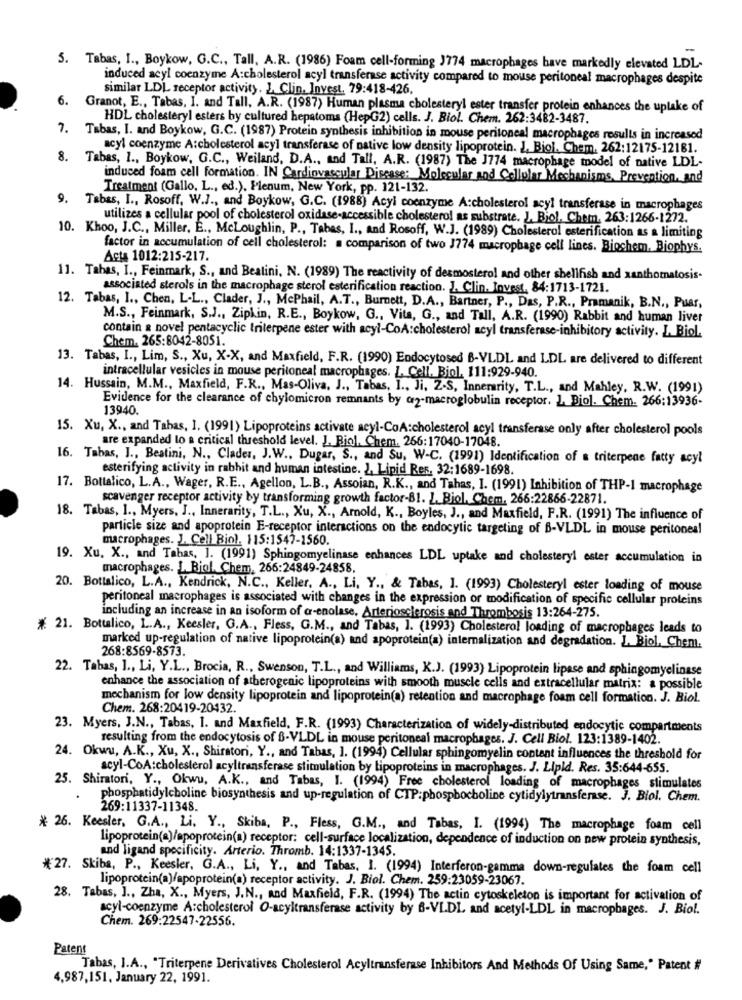
5. Tabas, I ., Boykow, G.C ., Tall, A.R. (1986) Foam cell-forming 3774 macrophages have markedly elevated LDL-
induced acyl coenzyme A:cholesterol acyl transferase activity compared to mouse peritoneal macrophages despite
similar LDL receptor activity. J. Clin. Invest. 79:418-426.
6. Granot, E ., Tabas, I. and Tall, A.R. (1987) Human plasma cholesteryl ester transfer protein enhances the uplake of
HDL cholesteryl esters by cultured hepatoms (HepG2) cells. J. Biol. Chem. 262:3482-3487.
7. Tabas, I. and Boykow, G.C. (1987) Protein synthesis inhibition in mouse peritoneal macrophages results in increased
acyl coenzyme A:cholesterol acyl transferase of native low density lipoprotein. 1. Biol. Chem, 262:12175-12181.
8. Tabas, 1 ., Boykow, G.C ., Weiland, D.A ., and Tall, A.R. (1987) The J774 macrophage model of native LDL-
induced foam cell formation. IN Cardiovascular Disease: Molecular and Cellular Mechanisms, Prevention, and
Treatment (Gallo, L ., ed.). Plenum, New York, pp. 121-132.
9. Tabas, I ., Rosoff, W.J ., and Boykow, G.C. (1988) Acyl coenzyme A:cholesterol acyl transferase in macrophages
utilizes a cellular pool of cholesterol oxidase-accessible cholesterol as substrate. J. Biol, Chem, 263:1266-1272.
10. Khoo, J.C ., Miller, E ., McLoughlin, P ., Tabas, I ., and Rosoff, W.J. (1989) Cholesterol esterification as a limiting
factor in accumulation of cell cholesterol: a comparison of two J774 macrophage cell lines. Biochem. Biophys.
Acts 1012:215-217.
11. Tahas, I ., Feinmark, S ., and Beatini, N. (1989) The reactivity of desmosterol and other shellfish and xanthomatosis-
associated sterols in the macrophage sterol esterification reaction. J. Clin. Invest, 84:1713-1721.
12. Tabas, I ., Chen, L-L ., Clader, J ., McPhail, A.T ., Burnett, D.A ., Bartner, P ., Das, P.R ., Pramanik, B.N ., Puas,
M.S ., Feinmark, S.J ., Zipkin, R.E ., Boykow, G ., Vita, G ., and Tall, A.R. (1990) Rabbit and human liver
contain & novel pentacyclic triterpene ester with acyl-CoA:cholesterol acyl transferase-inhibitory activity. L. Biol.
Chem. 265:8042-8051.
13. Tabas, I ., Lim, S ., Xu, X-X, and Maxfield, F.R. (1990) Endocytosed B-VLDL and LDL are delivered to different
intracellular vesicles in mouse peritoneal macrophages. L. Cell, Biol, 111:929-940.
14. Hussain, M.M ., Maxfield, F.R ., Mas-Oliva. J ., Tabas, I ., Ji, Z.S, Innerarity, T.L ., and Mahley, R.W. (1991)
Evidence for the clearance of chylomicron remnants by @2-macroglobulin receptor. L. Biol. Chem. 266:13936-
13940.
15. Xu, X ., and Tahas, I. (1991) Lipoproteins activate acyl-CoA:cholesterol acyl transferase only after cholesterol pools
are expanded to a critical threshold level. J. Biol. Chem. 266:17040-17048.
16. Tabas, J ., Beatini, N ., Clader, J.W ., Dugar, S ., and Su, W-C. (1991) Identification of a triterpene fatty acyl
esterifying activity in rabhit and human intestine. 2, Lipid Res. 32:1689-1698.
17. Bottalico, L.A ., Wager, R.E ., Agellon, L.B ., Assoian, R.K ., and Tahas, I. (1991) Inhibition of THP-1 macrophage
scavenger receptor activity by transforming growth factor-81. J. Biol, Chem, 266:22866-22871.
18. Tabas, 1 ., Myers, J ., Innerarity, T.L ., Xu, X ., Arnold, K ., Boyles, J ., and Maxfield, F.R. (1991) The influence of
particle size and apoprotein E-receptor interactions on the endocytic targeting of B-VLDL in mouse peritoneal
macrophages. J. Cell Biol. 115:1547-1560.
19. Xu. X ., and Tabas. 1. (1991) Sphingomyelinase enhances LDL uptake and cholesteryl ester accumulation in
macrophages. L. Biol. Chem, 266:24849-24858,
20. Bottalico, L.A ., Kendrick, N.C ., Keller, A ., Li, Y ., & Tabas, 1. (1993) Cholesteryl ester loading of mouse
peritoneal macrophages is associated with changes in the expression or modification of specific cellular proteins
including an increase in an isoform of a-enolase, Arteriosclerosis and Thrombosis 13:264-275.
* 21. Bottalico, L.A ., Keesler, G.A ., Fless, G.M ., and Tabas, 1. (1993) Cholesterol loading of macrophages leads to
marked up-regulation of native lipoprotein(a) and apoprotein(a) internalization and degradation. J. Biol. Chem.
268:8569-8573.
22. Tabas, I ., Li, Y.L ., Brocia, R ., Swenson, T.L ., and Williams, K.J. (1993) Lipoprotein lipase and sphingomyelinase
enhance the association of atherogenic lipoproteins with smooth muscle cells and extracellular matrix: a possible
mechanism for low density lipoprotein and lipoprotein(a) retention and macrophage foam cell formation. J. Biol.
Chem. 268:20419-20432.
23. Myers, J.N ., Tabas, I. and Maxfield, F.R. (1993) Characterization of widely-distributed endocytic compartments
resulting from the endocytosis of B-VLDL in mouse peritoneal macrophages. J. Cell Biol. 123:1389-1402.
24. Okwu, A.K ., Xu, X ., Shiratoni, Y ., and Tabas, 1. (1994) Cellular sphingomyelin content influences the threshold for
acyl-CoA:cholesterol acyltransferase stimulation by Lipoproteins in macrophages. J. Lipid. Res. 35:644-655.
25. Shiratori, Y ., Okwu, A.K ., and Tabas, I. (1994) Free cholesterol loading of macrophages stimulates
phosphatidylcholine biosynthesis and up-regulation of CTP:phospbocholine cytidylytransferase. J. Blol. Chem.
269:11337-11348.
* 26. Keesler, G.A ., Li. Y ., Skiba, P ., Fless, G.M ., and Tabas, I. (1994) The macrophage foam cell
lipoprotein(a)/apoprotein(a) receptor: cell-surface localization, dependence of induction on new protein synthesis,
and ligand specificity. Arterio. Thromb. 14:1337-1345.
*27. Skibs, P ., Keesler, G.A ., Li, Y ., and Tabas. I. (1994) Interferon-gamma down-regulates the foam cell
lipoprotein(a)/apoprotein(a) receptor activity. J. Biol. Chem. 259:23059-23067.
28. Tabas, ] ., Zha, X ., Myers, J.N ., and Maxfield, F.R. (1994) The actin cytoskeleton is important for activation of
acyl-coenzyme A:cholesterol O-acyltransferase activity by 6-VLDL, and acetyl-LDL in macrophages. J. Biol.
Chem. 269:22547-22556.
Patent
Tabas, I.A ., "Triterpene Derivatives Cholesterol Acyltransferase Inhibitors And Methods Of Using Same," Patent #
4,987,151, January 22, 1991.